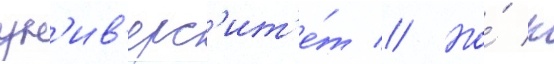
ун'ив'ерс'ит'е́т // Но́ к